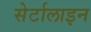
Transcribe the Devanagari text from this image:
सेर्टालाइन